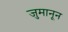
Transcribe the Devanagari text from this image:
जुमानून